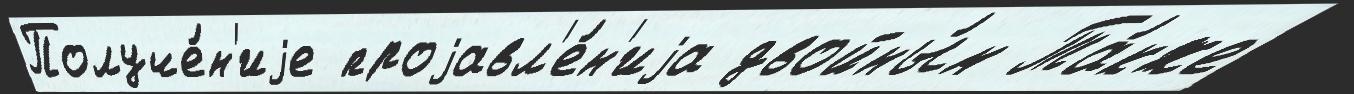
Получе́н'иjе проjавл'е́н'иjа двойны́м Та́кже